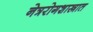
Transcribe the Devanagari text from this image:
नेत्ररोगशास्त्रात